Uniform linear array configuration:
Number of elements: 16
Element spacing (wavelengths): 1
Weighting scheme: blackman
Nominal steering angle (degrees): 0
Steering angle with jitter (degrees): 0.5649
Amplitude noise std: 0.05
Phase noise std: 0.05

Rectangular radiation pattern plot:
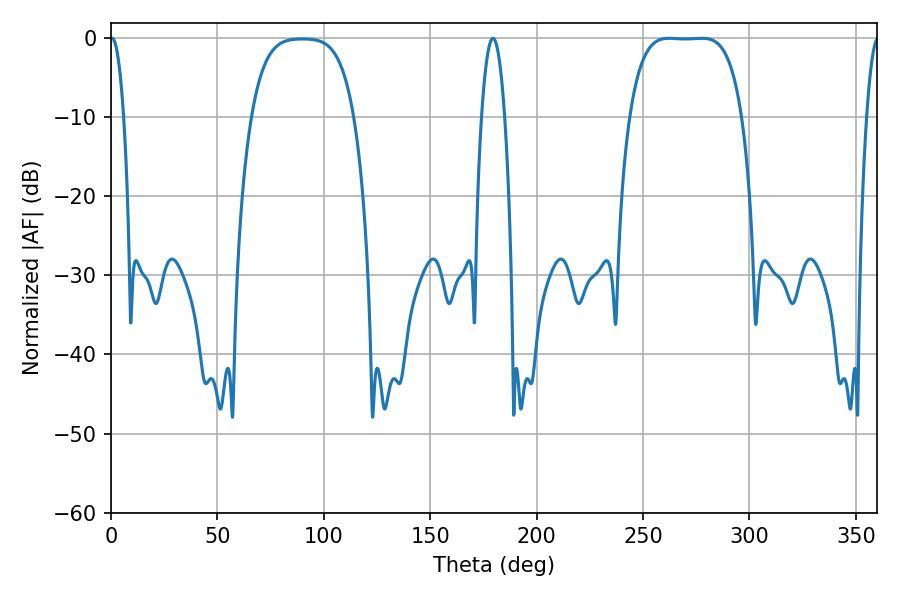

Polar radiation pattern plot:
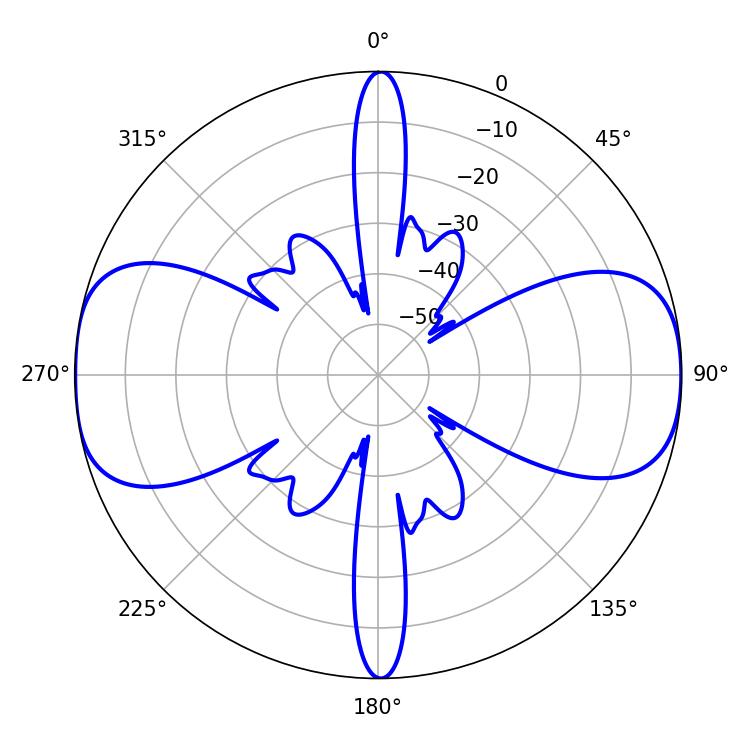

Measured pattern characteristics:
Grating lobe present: TRUE
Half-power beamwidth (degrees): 40.68
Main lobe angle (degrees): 262.26